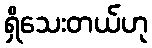
ရှိသေးတယ်ဟု